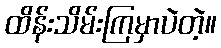
ထိန်းသိမ်းကြမှာပဲတဲ့။